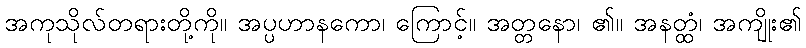
အကုသိုလ်တရားတို့ကို။ အပ္ပဟာနကော၊ ကြောင့်။ အတ္တနော၊ ၏။ အနတ္ထံ၊ အကျိုး၏